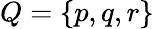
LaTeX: Q=\{ p,q,r\}